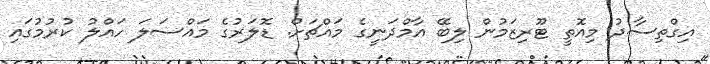
އިގްތިސާދު މިއޮތީ ޓޫރިޒަމުން ލިބޭ އާމްދަނީގެ މައްޗަށް. ޑޮލަރުގެ މައްސަލަ ހައްލު ކުރުމުގައި